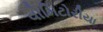
વોમિટોરીયા